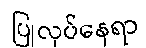
ပြုလုပ်နေရာ